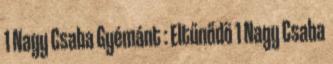
1 Nagy Csaba Gyémánt : Eltűnődö 1 Nagy Csaba